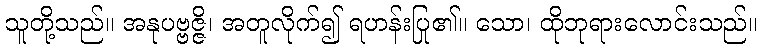
သူတို့သည်။ အနုပဗ္ဗဇ္ဇိ၊ အတူလိုက်၍ ရဟန်းပြု၏။ သော၊ ထိုဘုရားလောင်းသည်။